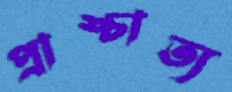
প্রাশ্চাত্য